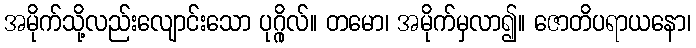
အမိုက်သို့လည်းလျောင်းသော ပုဂ္ဂိုလ်။ တမော၊ အမိုက်မှလာ၍။ ဇောတိပရာယနော၊